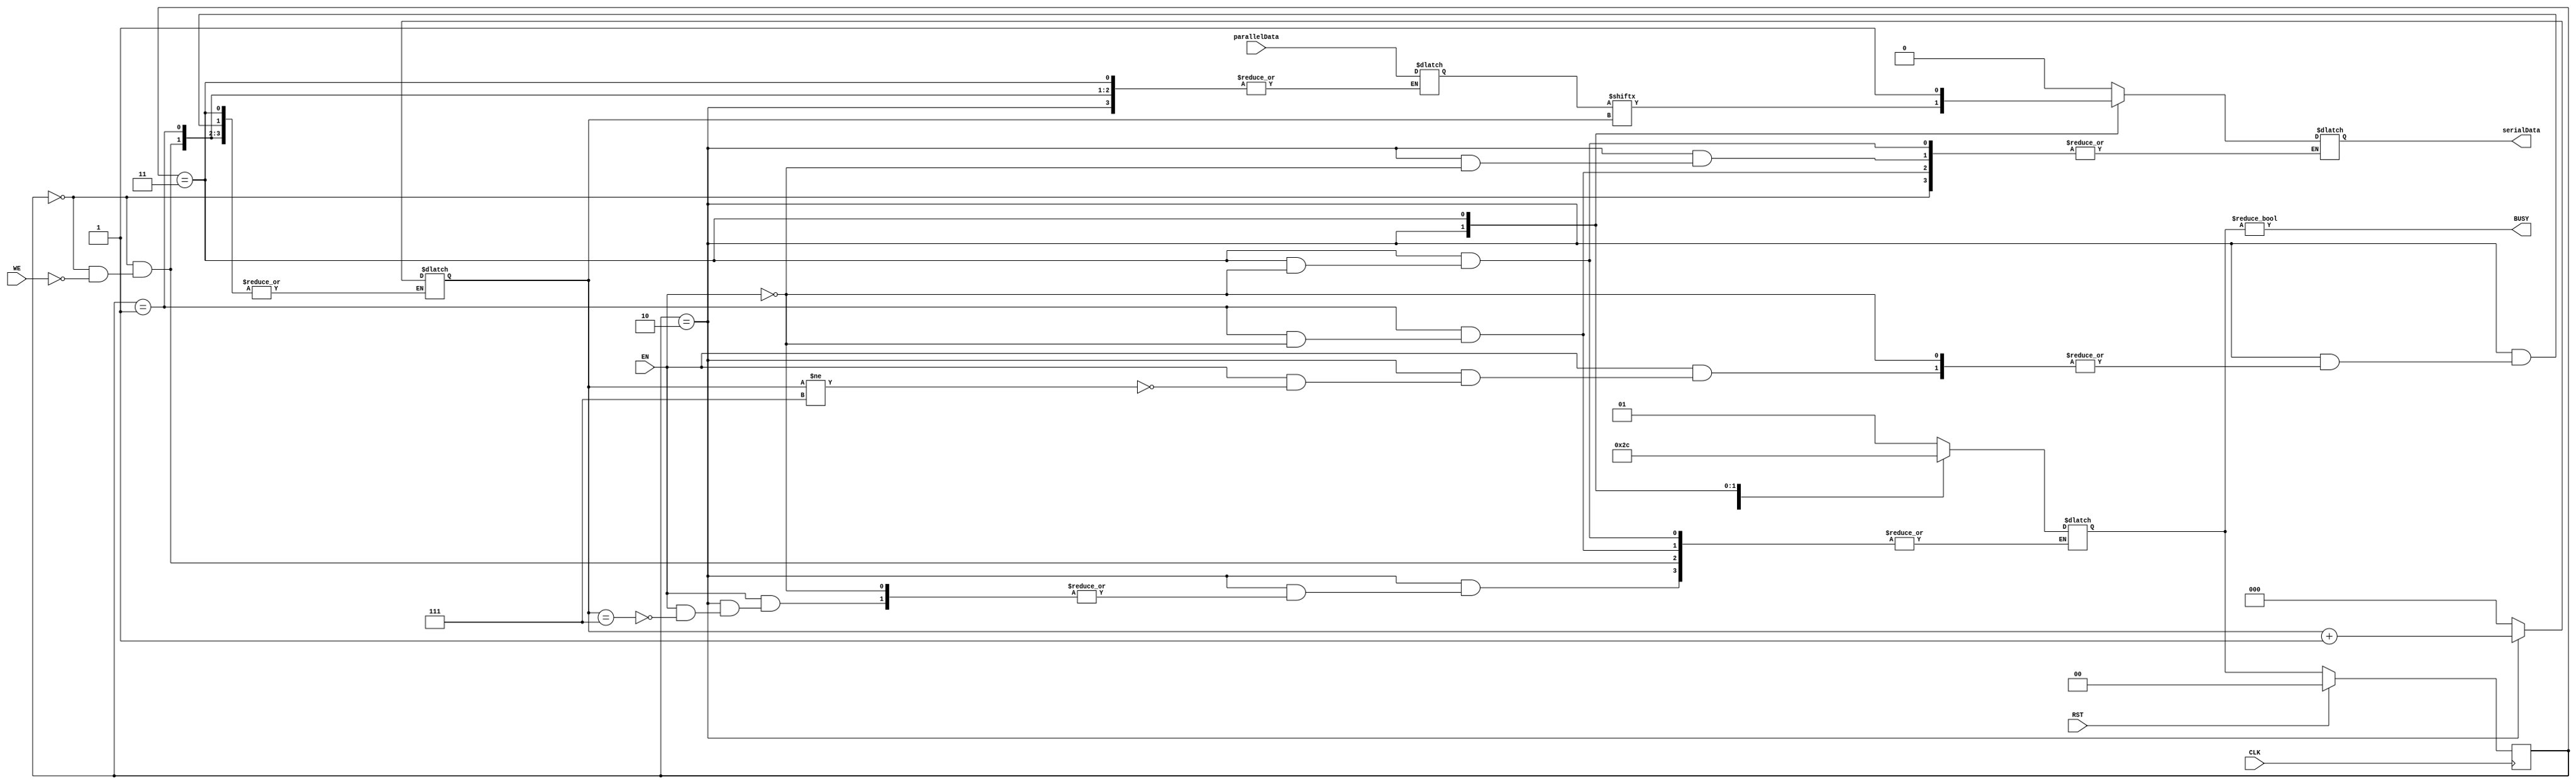
`timescale 1ns / 1ps

module UART_Tx #(parameter DWL = 8)
                (input CLK, RST, EN, WE,
                 input [DWL-1:0] parallelData,
                 output BUSY,
                 output reg serialData);

reg [DWL-6:0] bitPose = 3'h0;
reg [DWL-1:0] data = 8'h0;

localparam S_Idle = 2'b00, S_Start = 2'b01, S_Data = 2'b10, S_Stop = 2'b11;
    
reg [DWL-7:0] state, next_state; 

    // STATE REGISTER
    always @ (posedge CLK) begin
        if (RST)
            state <= S_Idle;
        else
            state <= next_state;
    end
    
    // NEXT STATE LOGIC
    always @ (state) begin
        case (state)
            // IDLE
            S_Idle: begin
                if (WE) begin
                    next_state = S_Start;
                end
            end
            // START
            S_Start: begin
                if (EN) begin
                    next_state = S_Data;
                end
            end
            // DATA
            S_Data: begin
                if (EN) begin
                    if (bitPose == 3'h7)
                        next_state = S_Stop;
                end
            end
            // STOP
            S_Stop: begin
                if (EN) begin
                    next_state = S_Idle;
                end
            end
            // DEFAULT
            default: begin
                next_state = S_Idle;
            end
        endcase
    end
    
    // OUTPUT LOGIC
    always @ (state) begin
        case (state)
            // IDLE
            S_Idle: begin
                if (WE) begin
                    data = parallelData;
                    bitPose = 3'h0;
                end
            end
            // START
            S_Start: begin
                if (EN) begin
                    serialData = 0;
                end
            end
            // DATA
            S_Data: begin
                if (EN) begin
                    serialData = data[bitPose];
                    if (bitPose != 3'h7) 
                        bitPose = bitPose + 3'h1;
                end
            end
            // STOP
            S_Stop: begin
                if (EN)
                    serialData = 1;
            end
            // DEFAULT
            default: begin
                serialData = 1;
            end
        endcase
    end
    
    assign BUSY = (next_state != S_Idle);
    
endmodule